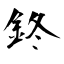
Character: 鉖